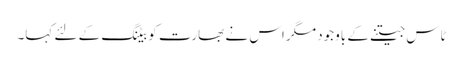
ٹاس جیتنے کے باوجود مگر اس نے بھارت کو بیٹنگ کے لئے کہا۔